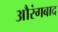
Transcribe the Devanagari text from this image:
औरंगबाद